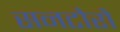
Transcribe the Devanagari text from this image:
सनटोरो